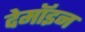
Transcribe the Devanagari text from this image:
देमॉइन